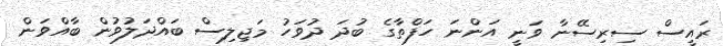
ރައީސް ސިރިސޭނާ ވަނީ އަންނަ ހަފްތާގެ ބުދަ ދުވަހު މަޖިލިސް ބައްދަލުވުން ބާއްވަން